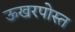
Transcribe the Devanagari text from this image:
ऊखरपोस्त